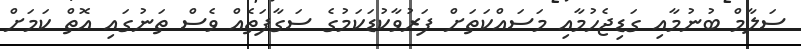
ސަލާމް ބުނުމާއި ގަޑިޖެހުމާއި މަސައްކަތަށް ފަރުވާކުޑަކަމުގެ ސަގާފަތެއް ވެސް ތަނުގައި އޮތް ކަމަށް